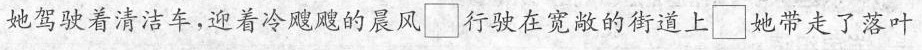
她驾驶着清洁车，迎着冷飕飕的晨风□行驶在宽敞的街道上□她带走了落叶